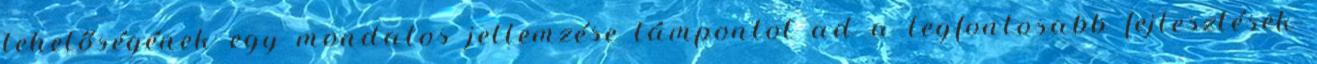
lehetőségének egy mondatos jellemzése támpontot ad a legfontosabb fejlesztések